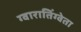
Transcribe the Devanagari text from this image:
ग्वारातिंग्वेता